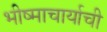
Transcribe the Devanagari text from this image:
भीष्माचार्याची